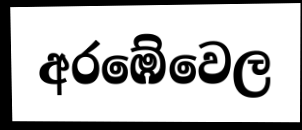
අරඹේවෙල